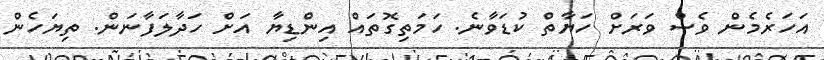
އަހަރެމެން ވެސް ވަރަށް ހަޔާތް ކުޑަވާނެ. ހަމަތިގޮތައް އިންޑިޔާ އަށް ހަދާލަފާނަން. ތިޔަހެން